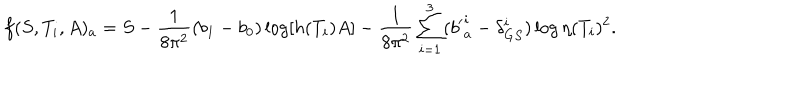
f ( S , T _ { i } , A ) _ { a } = S - { \frac { 1 } { 8 \pi ^ { 2 } } } ( b _ { 1 } - b _ { 0 } ) \log \lbrack h ( T _ { i } ) A \rbrack - { \frac { 1 } { 8 \pi ^ { 2 } } } \sum _ { i = 1 } ^ { 3 } ( { b ^ { \prime } } _ { a } ^ { i } - \delta _ { G S } ^ { i } ) \log \eta ( T _ { i } ) ^ { 2 } { } .